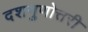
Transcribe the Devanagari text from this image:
दशगुणोत्तरी